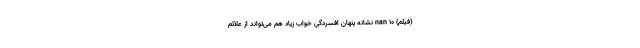
(فیلم) nan ۱۰ نشانه پنهان افسردگی خواب زیاد هم می‌تواند از علائم